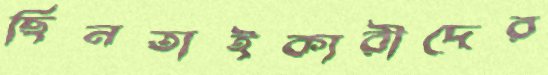
ছিনতাইকারীদের